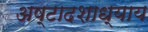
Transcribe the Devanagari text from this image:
अष्टादशाध्याय